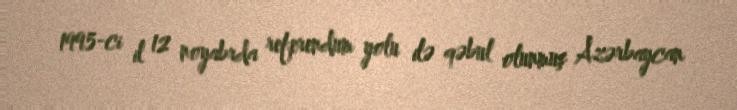
1995-ci il 12 noyabrda referendum yolu ilə qəbul olunmuş Azərbaycan